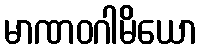
မာဏဝဂါမိယော